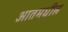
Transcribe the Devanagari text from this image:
आतमधील